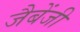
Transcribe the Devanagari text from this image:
जैबेंजी